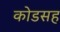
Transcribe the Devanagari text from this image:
कोडसह